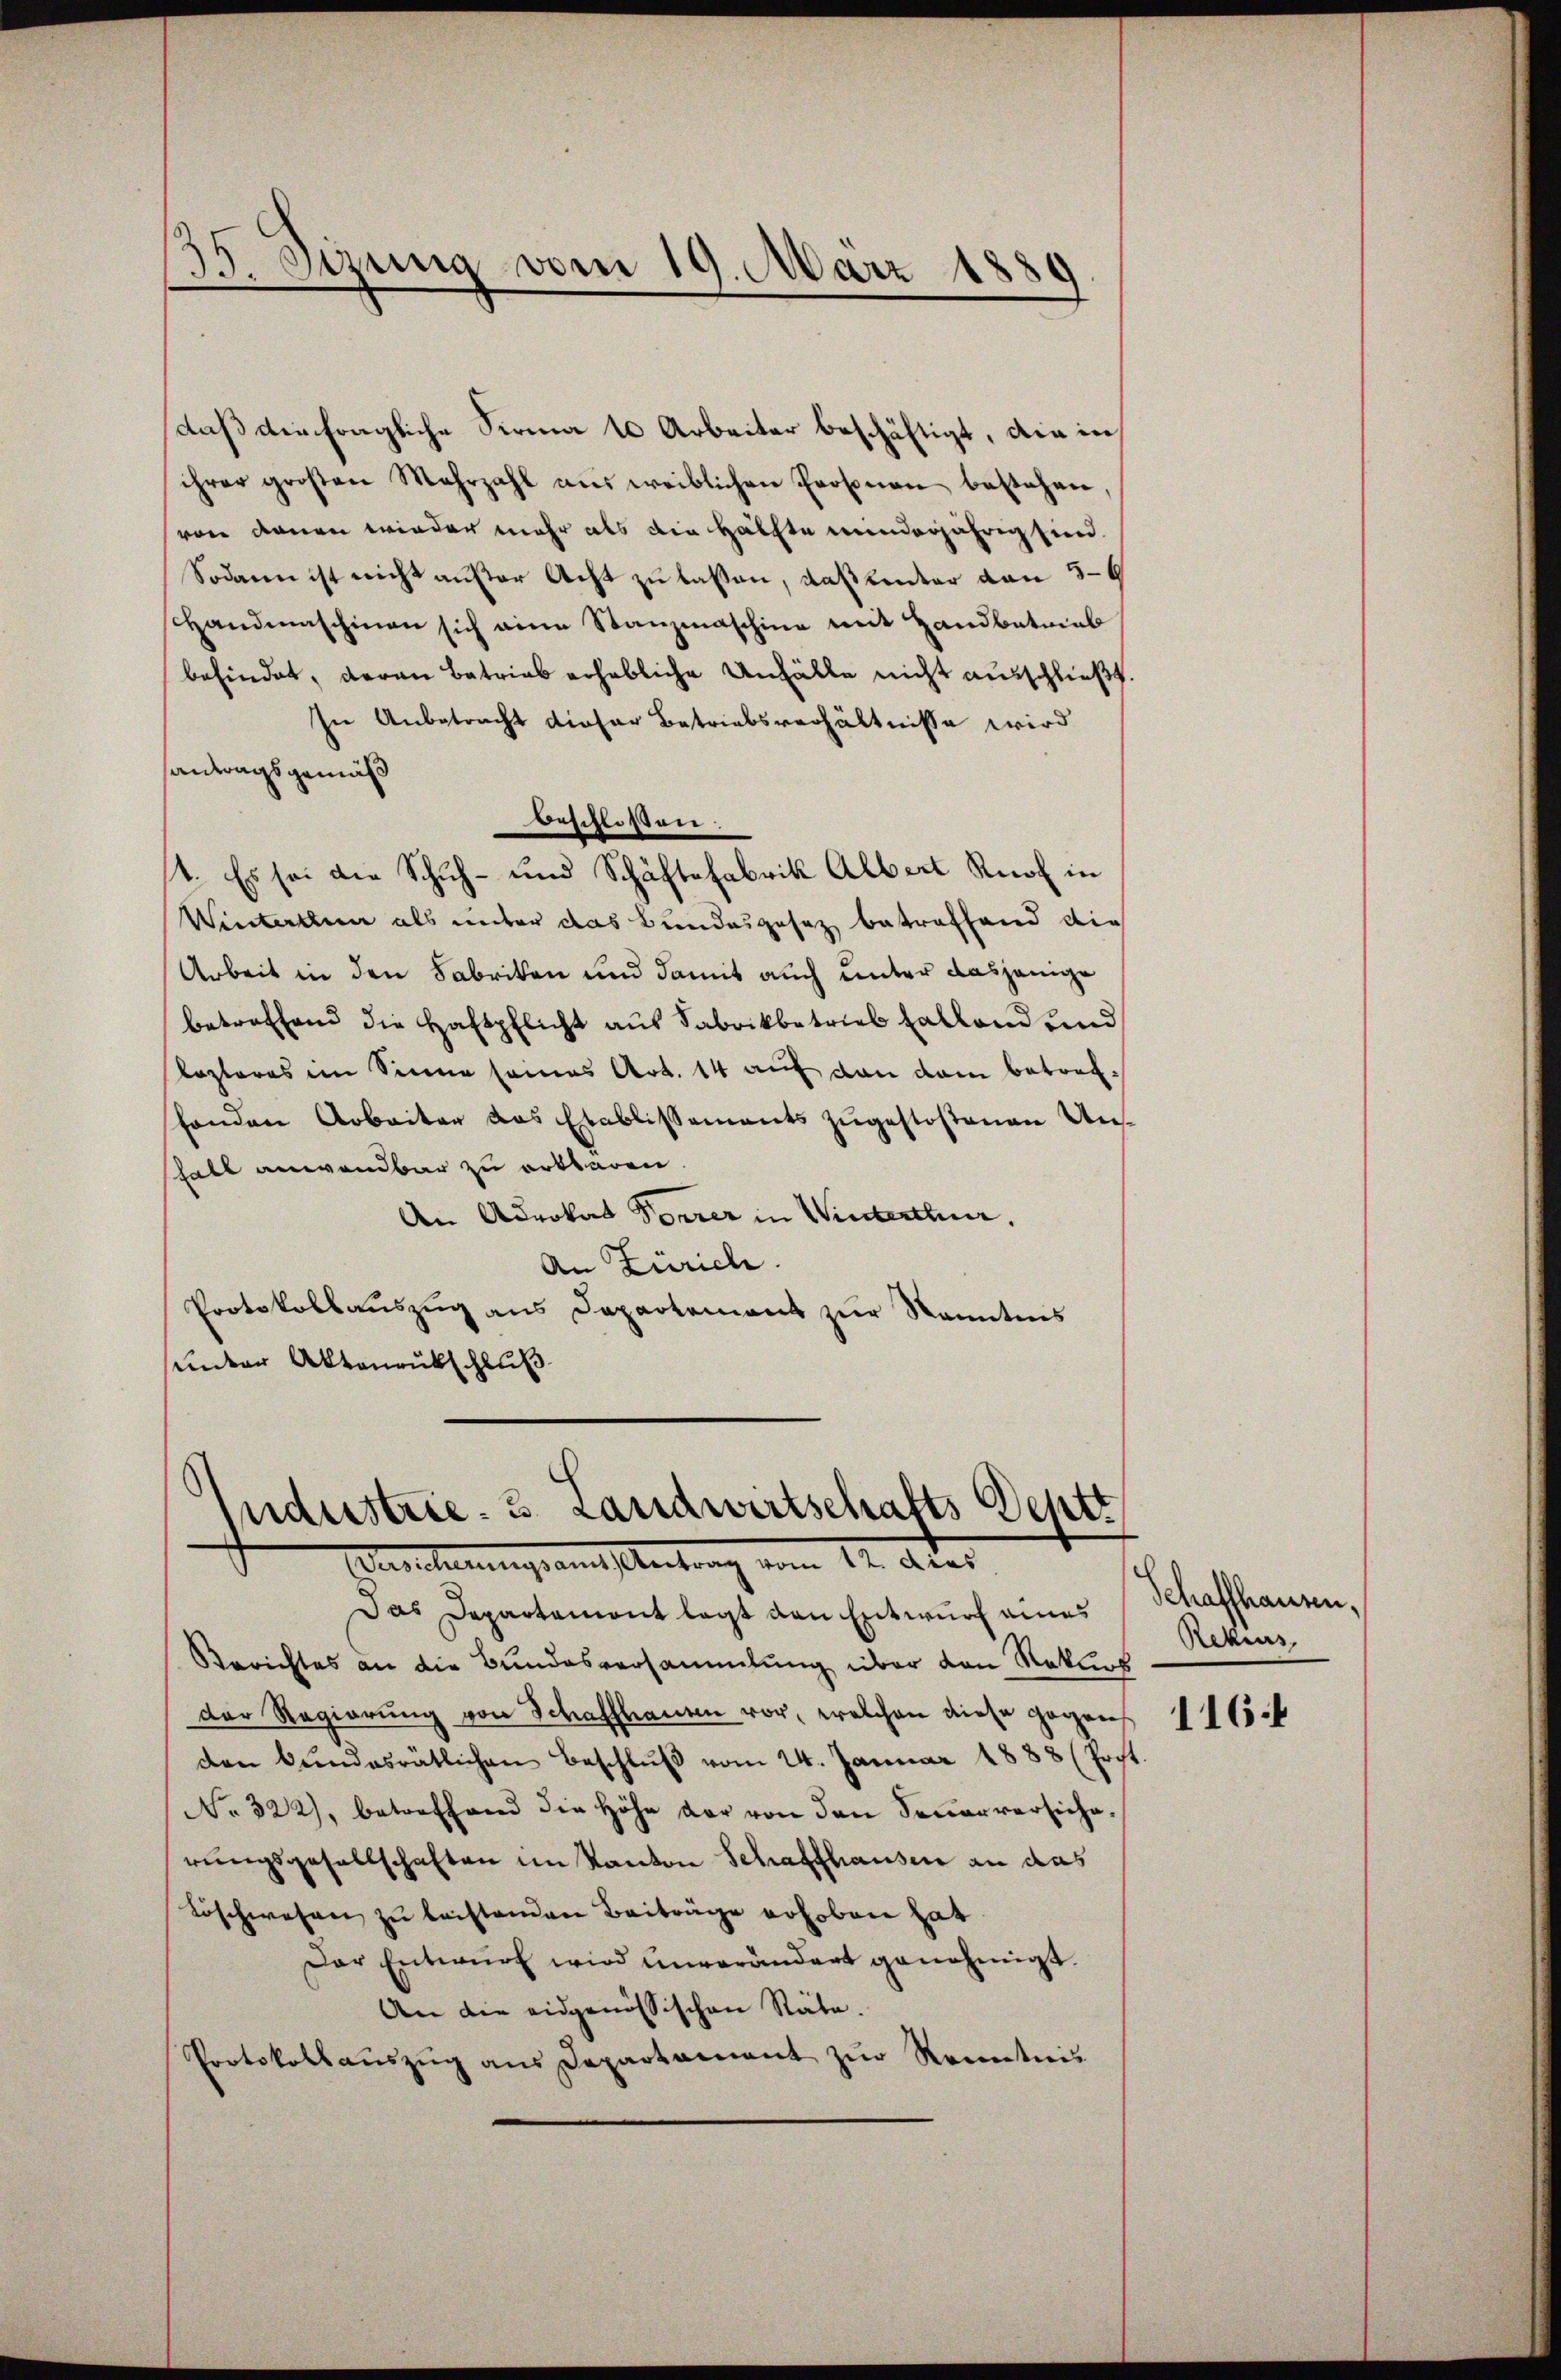
135. Sizung vom 19. März 1880
e

daß die fragliche Firma 10 Arbeiter beschäftigt, die in
ihrer großen Mehrzahl aus weiblichen Personen bestehen,
von denen wieder mehr als die Hälfte minderjährig sind.
Sodann ist nicht außer Acht zu laßen, daß hinter von 5-6
Handmaschinen sich eine Stanzmaschine mit Handbetrieb
befindet, daran betrieb erhebliche Unfälle nicht ausschließt.
In Anbetracht dieser Betriebsverhältnisse wird
antragsgemäß
beschloßen
1. Es sei die Schuh- und Schäftsfabrik Albert Ruol in
Winterthin als unter das Bundesgesetz betreffend die
Arbeit in den Fabriken und damit auch unter dasjenige
betreffend die Haftpflicht aus Sabrikbetrieb Halland und
Koplares im Sinne seines Art. 14 auf dan dem betrefshanden Arbeiter das Etablissements zugestoßenen Unsfall anwendbar zu erklären.
An Advokat Vorrer in Winterthur.
An Zürich.
Protokollauszug aus Departement zur Kenntnis
unter Aktenrückschluß

ndustrie 3. Landwirtschafts Deptt
Eneicherungsamt Antrag vom 12. Aber

Das Departemont legt von Entwurf eines
Berichtes an die Bundesversammlung über von Rekurs
der Regierung von Schaffhausen vor, welchen diese gegens 116
den Bŭndesrätlichen Beschlŭβ vom 24. Januar 1888 (Pocht.
No 322), betreffend die Höhe der von den Feŭerversiche
rŭngsgesellschaften im Kanton Schaffhausen an das
Löschwesen zu leistenden Beiträge erhoben hat
Der Entwurf wird unverändert genehmigt.
An die eidgenössischen Räte.
Protokollaŭszŭg ans Departament zŭr Kenntnis

Schaffhausen,
Rekius,